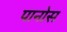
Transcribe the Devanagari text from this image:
पानोस